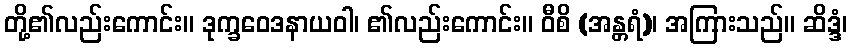
တို့၏လည်းကောင်း။ ဒုက္ခဝေဒနာယဝါ၊ ၏လည်းကောင်း။ ဝီစိ (အန္တရံ)၊ အကြားသည်။ ဆိဒ္ဒံ၊